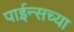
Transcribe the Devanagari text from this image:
पाईन्सच्या